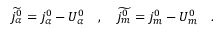
\widetilde { j _ { \alpha } ^ { 0 } } = j _ { \alpha } ^ { 0 } - U _ { \alpha } ^ { 0 } \quad , \quad \widetilde { j _ { m } ^ { 0 } } = j _ { m } ^ { 0 } - U _ { m } ^ { 0 } \quad .